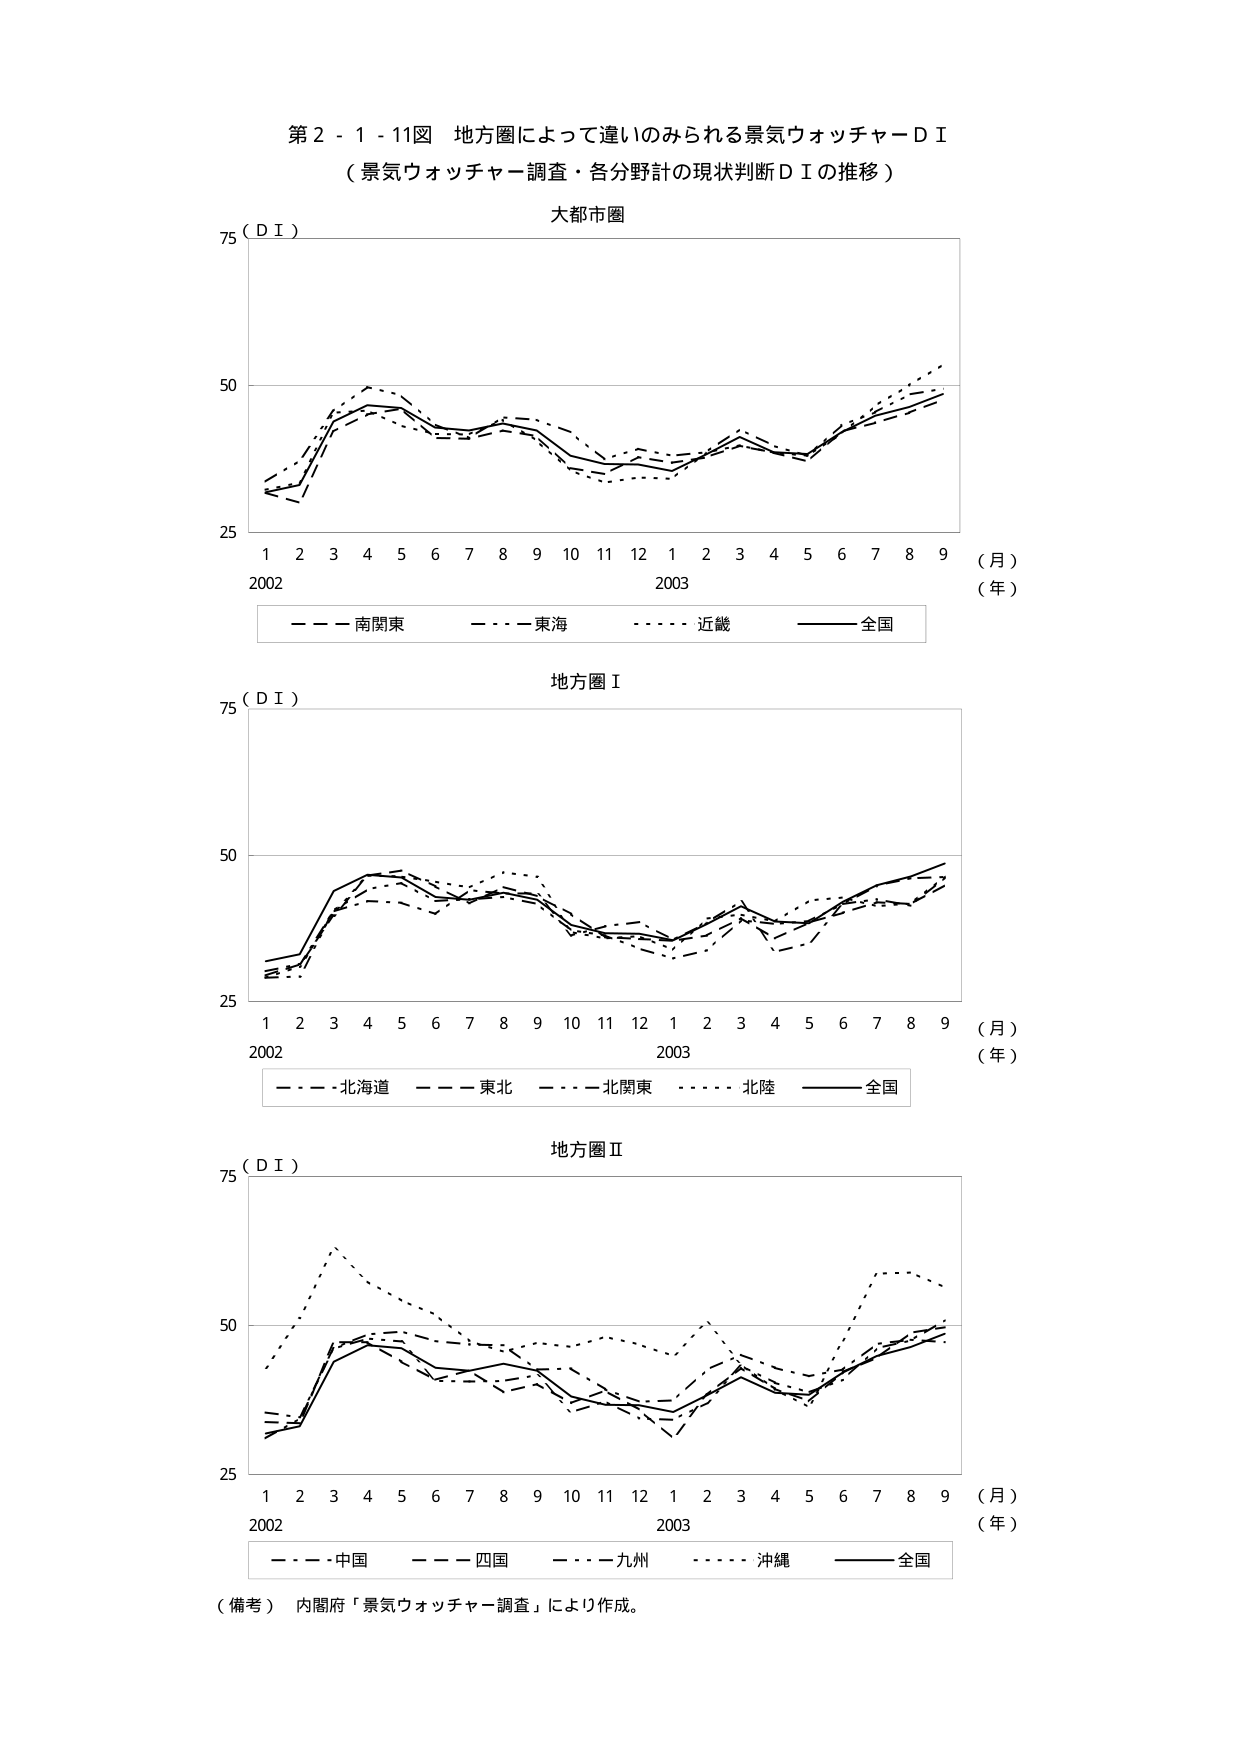
第２－１－１１図 地方圏によって違いのみられる景気ウォッチャーＤＩ
（景気ウォッチャー調査・各分野計の現状判断ＤＩの推移）

大都市圏
75（ＤＩ）
（月）
（年）
2002  1 2 3 4 5 6 7 8 9 10 11 12  2003  1 2 3 4 5 6 7 8 9
－－－ 南関東  －－－ 東海  －－－－ 近畿  －－－－－ 全国

地方圏Ⅰ
75（ＤＩ）
（月）
（年）
2002  1 2 3 4 5 6 7 8 9 10 11 12  2003  1 2 3 4 5 6 7 8 9
－－－ 北海道  －－－ 東北  －－－－ 北関東  －－－－－ 北陸  －－－－－ 全国

地方圏Ⅱ
75（ＤＩ）
（月）
（年）
2002  1 2 3 4 5 6 7 8 9 10 11 12  2003  1 2 3 4 5 6 7 8 9
－－－ 中国  －－－ 四国  －－－－ 九州  －－－－－ 沖縄  －－－－－ 全国

（備考） 内閣府「景気ウォッチャー調査」により作成。